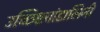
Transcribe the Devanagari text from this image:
उच्छिष्टचांडालिनी